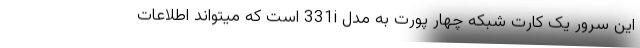
این سرور یک کارت شبکه چهار پورت به مدل 331i است که میتواند اطلاعات